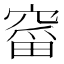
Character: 𮄋